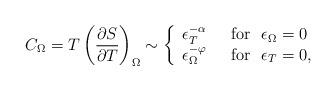
LaTeX: \begin{align*}C_{\Omega} =T\left (\frac{\partial S}{\partial T}\right)_{\Omega} \sim \left \{\begin{array}{ll} \epsilon _T ^{-\alpha} & \ \ {\rm for}\ \ \epsilon_{\Omega}=0 \\ \epsilon_{\Omega}^{-\varphi} & \ \ {\rm for}\ \ \epsilon_T=0,\end{array} \right.\end{align*}